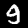
Label: 9